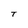
Character: T